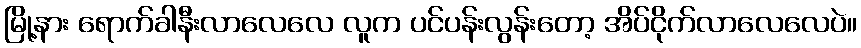
မြို့နား ရောက်ခါနီးလာလေလေ လူက ပင်ပန်းလွန်းတော့ အိပ်ငိုက်လာလေလေပဲ။